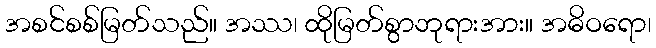
အစင်စစ်မြတ်သည်။ အဿ၊ ထိုမြတ်စွာဘုရားအား။ အဓိဝရော၊